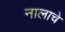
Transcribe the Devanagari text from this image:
नालाचे